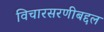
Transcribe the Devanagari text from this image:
विचारसरणीबद्दल